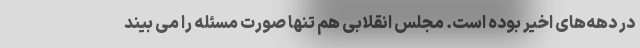
در دهه‌های اخیر بوده است. مجلس انقلابی هم تنها صورت مسئله را می بیند